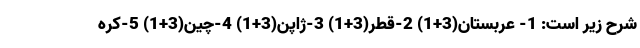
شرح زیر است: 1- عربستان(3+1) 2-قطر(3+1) 3-ژاپن(3+1) 4-چین(3+1) 5-کره